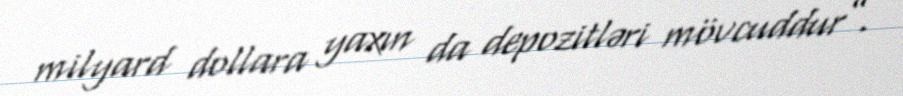
milyard dollara yaxın da depozitləri mövcuddur”.